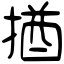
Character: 揂